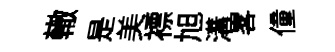
轍是美褾旭溝畧僮